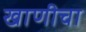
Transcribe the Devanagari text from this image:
खाणीचा